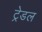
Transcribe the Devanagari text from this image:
ट्रेडल